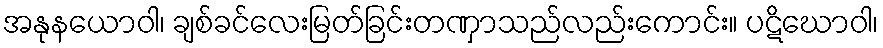
အနုနယောဝါ၊ ချစ်ခင်လေးမြတ်ခြင်းတဏှာသည်လည်းကောင်း။ ပဋိဃောဝါ၊